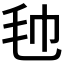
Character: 𣬢